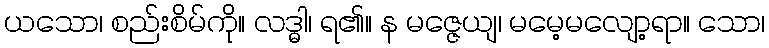
ယသော၊ စည်းစိမ်ကို။ လဒ္ဓါ၊ ရ၏။ န မဇ္ဇေယျ၊ မမေ့မလျော့ရာ။ သော၊